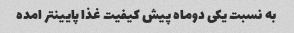
به نسبت یکی دوماه پیش کیفیت غذا پایینتر امده